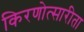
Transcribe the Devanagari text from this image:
किरणोत्सारीता